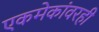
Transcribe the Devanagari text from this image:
एकमेकांवरही